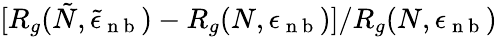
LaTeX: [R_{g}(\tilde{N},\tilde{\epsilon}_{\mathrm{~n~b~}})-R_{g}(N,\epsilon_{\mathrm{~n~b~}})]/R_{g}(N,\epsilon_{\mathrm{~n~b~}})